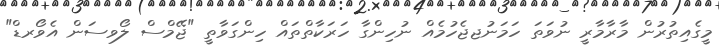
މީގެއިތުރުން މާރާމާރީ ނުވަތަ ހަމަނުޖޖެހުމެއް ނުހިންގާ ހަރަކާތްތައް ހިންގަވާތީ "ޖޭމްސް ލޯވސަން އެވޯރޑް"